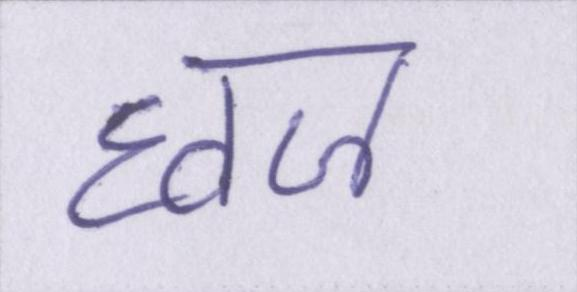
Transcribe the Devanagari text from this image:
ध्वज